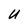
Character: U